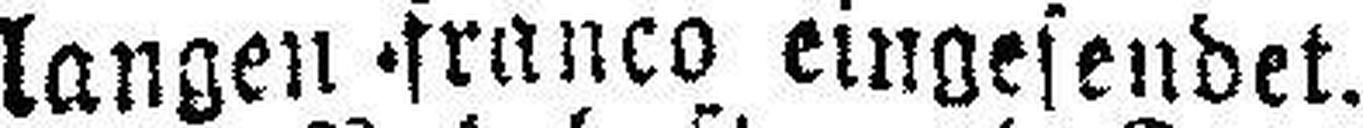
langen franco eingesendet.